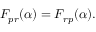
F _ { p r } ( \alpha ) = F _ { r p } ( \alpha ) .